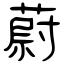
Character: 蔚